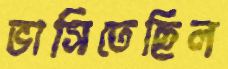
ভাসিতেছিল